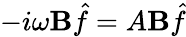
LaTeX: -i\omega\mathbf{B}\hat{{f}}=A\mathbf{B}\hat{{f}}